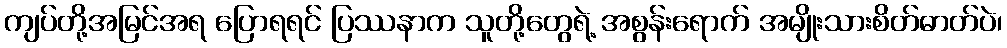
ကျပ်တို့အမြင်အရ ပြောရရင် ပြဿနာက သူတို့တွေရဲ့ အစွန်းရောက် အမျိုးသားစိတ်ဓာတ်ပဲ၊